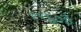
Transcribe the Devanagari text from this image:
१९६०ई